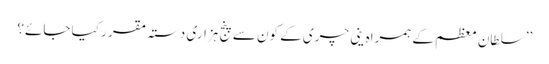
’’سلطان معظم کے ہمراہ ینی چری کے کون سے پنج ہزاری دستہ مقر ر کیا جائے؟